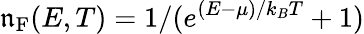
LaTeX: \mathfrak{n}_{\mathrm{{F}}}(E,T)=1/(e^{(E-\mu)/k_{B}T}+1)